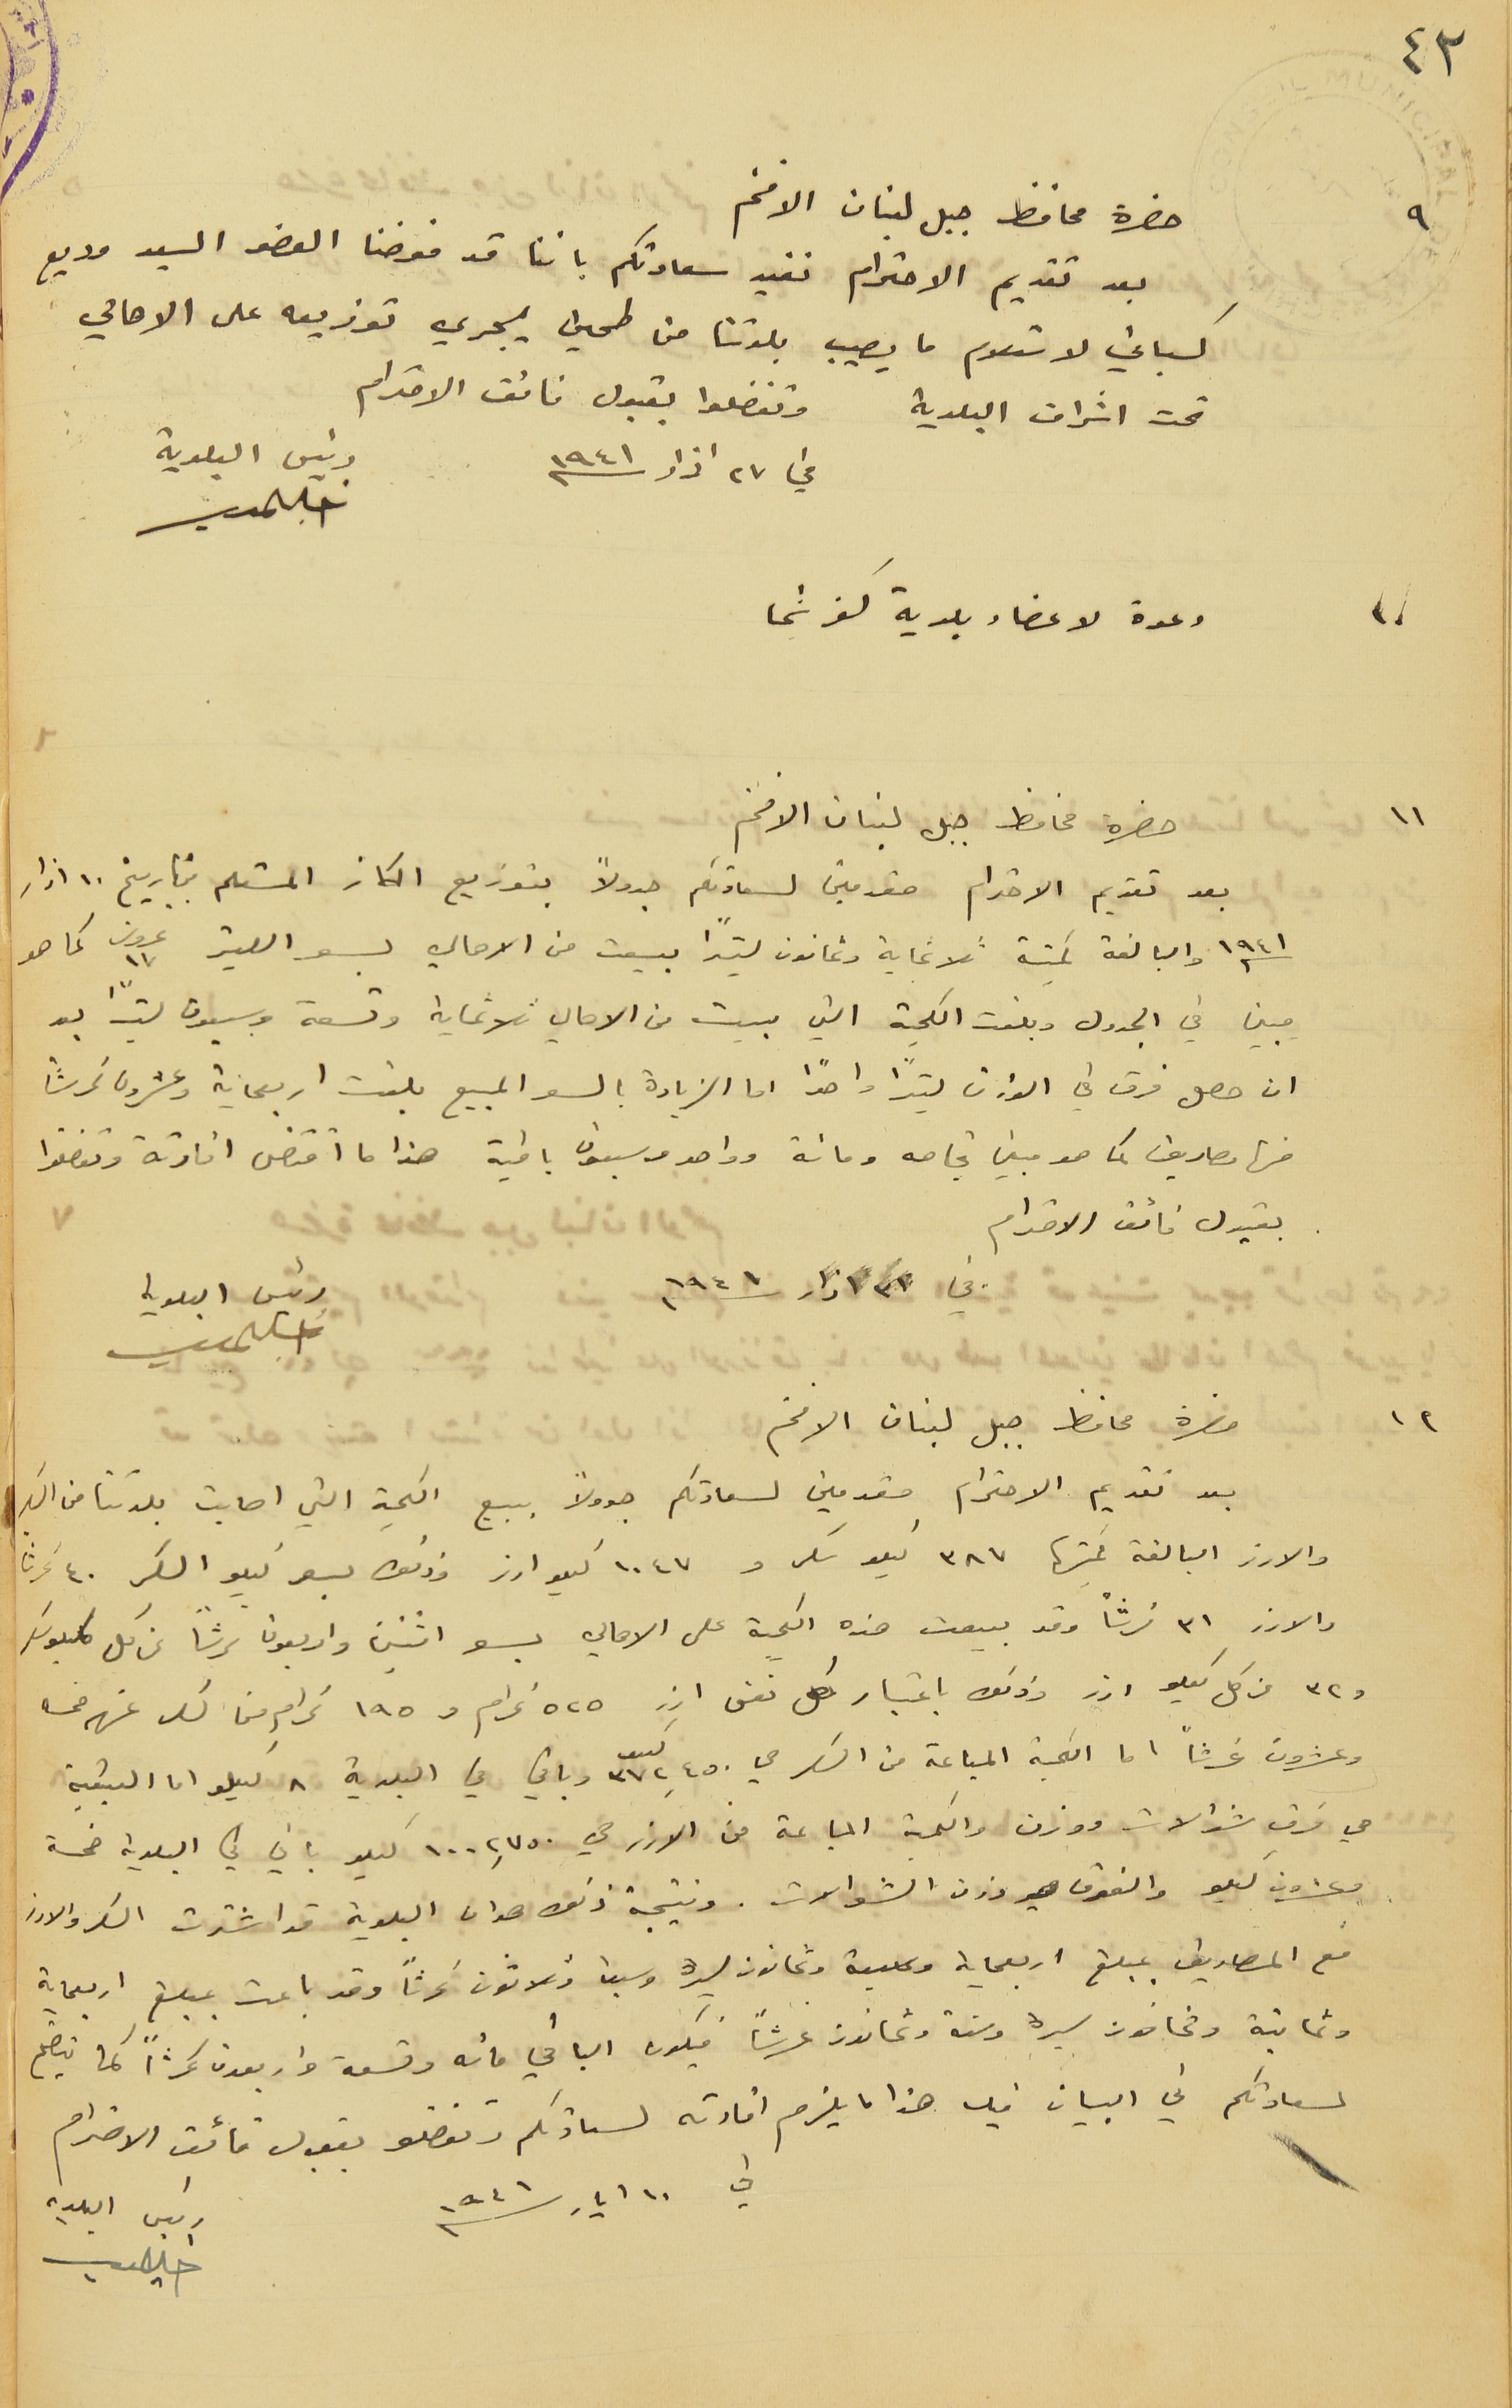
حضرة محافظ جبل لبنان الافخم
بعد تقديم الاحترام نفيد سعادتكم باننا قد فوضنا العضو السيد وديع
كسباني لاستلام ما يصيب بلدتنا من طحين يجري توزيعه على الاهالي
تحت اشراف البلدية وتفضلوا بقبول فائق الاحترام
في ٢٧ اذار سنه 1941
   #
  دعوة لاعضاء بلدية كفرشما
ان حضرة محافظ جبل لبنان الافخم
بعد تقديم الاحترام مقدمين لسعادتكم جدولاً بتوزيع الكاز المستلم بتاريخ ١٠ اذار
١٩٤١ والبالغة كميتة ثلاثماية وثمانون ليتراً بيعت من الاهالي بسعر الليتر ١٧ غروش كما هو
ميين في الجدول وبلغت الكمية التي بيعت من الاهالي ثلاثماية وتسعة وسبعون ليترًا بعد
 ان حصل فرق في الوزن ليترًا واحدًا اما الزيادة بالسعر المبيع بلغت اربعماية وعشرون غرشاً
منها مصاريف كما هو مبين تجاهه ومائة وواحد وسبعون باقية هذا ما أقتضى افادتة وتقضلوا
 يقبول فائق الاحترام
٣١ اذار ١٩٤١
حضرة محافظ جبل لبنان الافخم
بعد تقديم الاحترام مقدمين لسعادتكم جدولًا ببيع الكمية التي اصابت بلدتنا من السكر
والارز البالغة كميتها ٣٨٧ كيلو سكر و ١٠٤٧  كيلو ارز وذلك بسعر كيلو السكر ٤٠ غرشا
والارز ٣١ غرشاً وقد بيعت هذه الكمية على الاهالي بسعر اثنين واربعون غرشاً عن كل كيلو سكر
و ٣٢ عن كل كيلو ارز وذلك باعتبار كل نفس ارز ٥٢٥ غرام و ١٩٥ غرام من السكر عنهم خمسه
وعشرون غرشاً اما الكمية المباعة من السكر هي ٣٧٢,٤٥٠ كيلو وباقي في البلدية ٨ كيلو اما البقية
هي فرق شوالات ووزن والكمية المباعة من الارز هي ١٠٠٢,٧٥٠ كيلو باقي في البلدية خمسة
 وعشرون كيلو والفرق هو وزن الشوالات. ونتيجة ذلك هو ان البلدية قد اشترت السكر والارز
 مع المصاريف بمبلغ اربعمايه وسبعة وثمانون ليرة وسبعاً وثلاثون غرشاً وقد باعت بمبلغ اربعماية
 وثمانية وثمانون ليرة وستة وثمانون غرشاً فيكون الباقي مائه وتسعة واربعون غرشًا كما يتضّح
  لسعادتكم في البيان فيه هذا ما يلزم افادته لسعادتكم وتفضلو بقبول فائق الاحترام
رئيس البلدية
في ١٠ ايار سنه ١٩٤١
رئيس البلدية
٤٢
٩
١٠
١١
١٢
رئيس البلدية